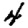
Digit: 4